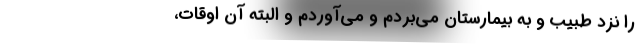
را نزد طبیب و به بیمارستان می‌بردم و می‌‌‌آوردم و البته آن اوقات،